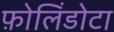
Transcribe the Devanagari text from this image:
फ़ोलिंडोटा